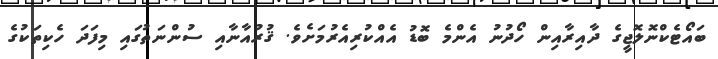
ބައޯޓެކްނޮލޮޖީގެ ދާއިރާއިން ހޯދުނު އެންމެ ބޮޑު އެއްކުރިއެރުމަށެވެ. ޤުރުއާނާއި ސުންނަތުގައި މިފަދަ ހެކިތަކުގެ